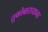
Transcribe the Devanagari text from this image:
तुकोबारायाना